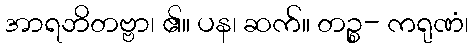
အာရဘိတဗ္ဗာ၊ ၏။ ပန၊ ဆက်။ တဉ္စ- ကရုဏံ၊